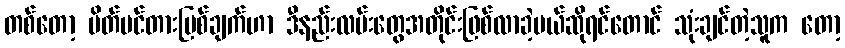
တစ်တော့ ပိတ်ပင်တားမြစ်ချက်ဟာ ဒီနည်းလမ်းတွေအတိုင်းဖြစ်လာခဲ့မယ်ဆိုရင်တောင် သုံးချင်တဲ့သူက တော့